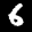
Label: 6